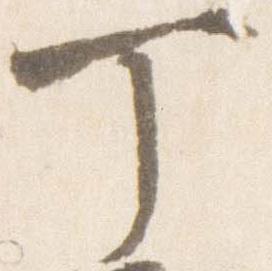
丁